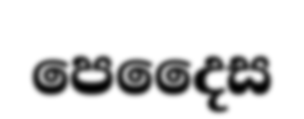
පෙදෛස